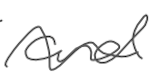
Text: and
Cross-out: wave
Writing tool: digital_gray